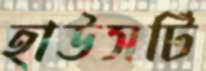
হাউসটি